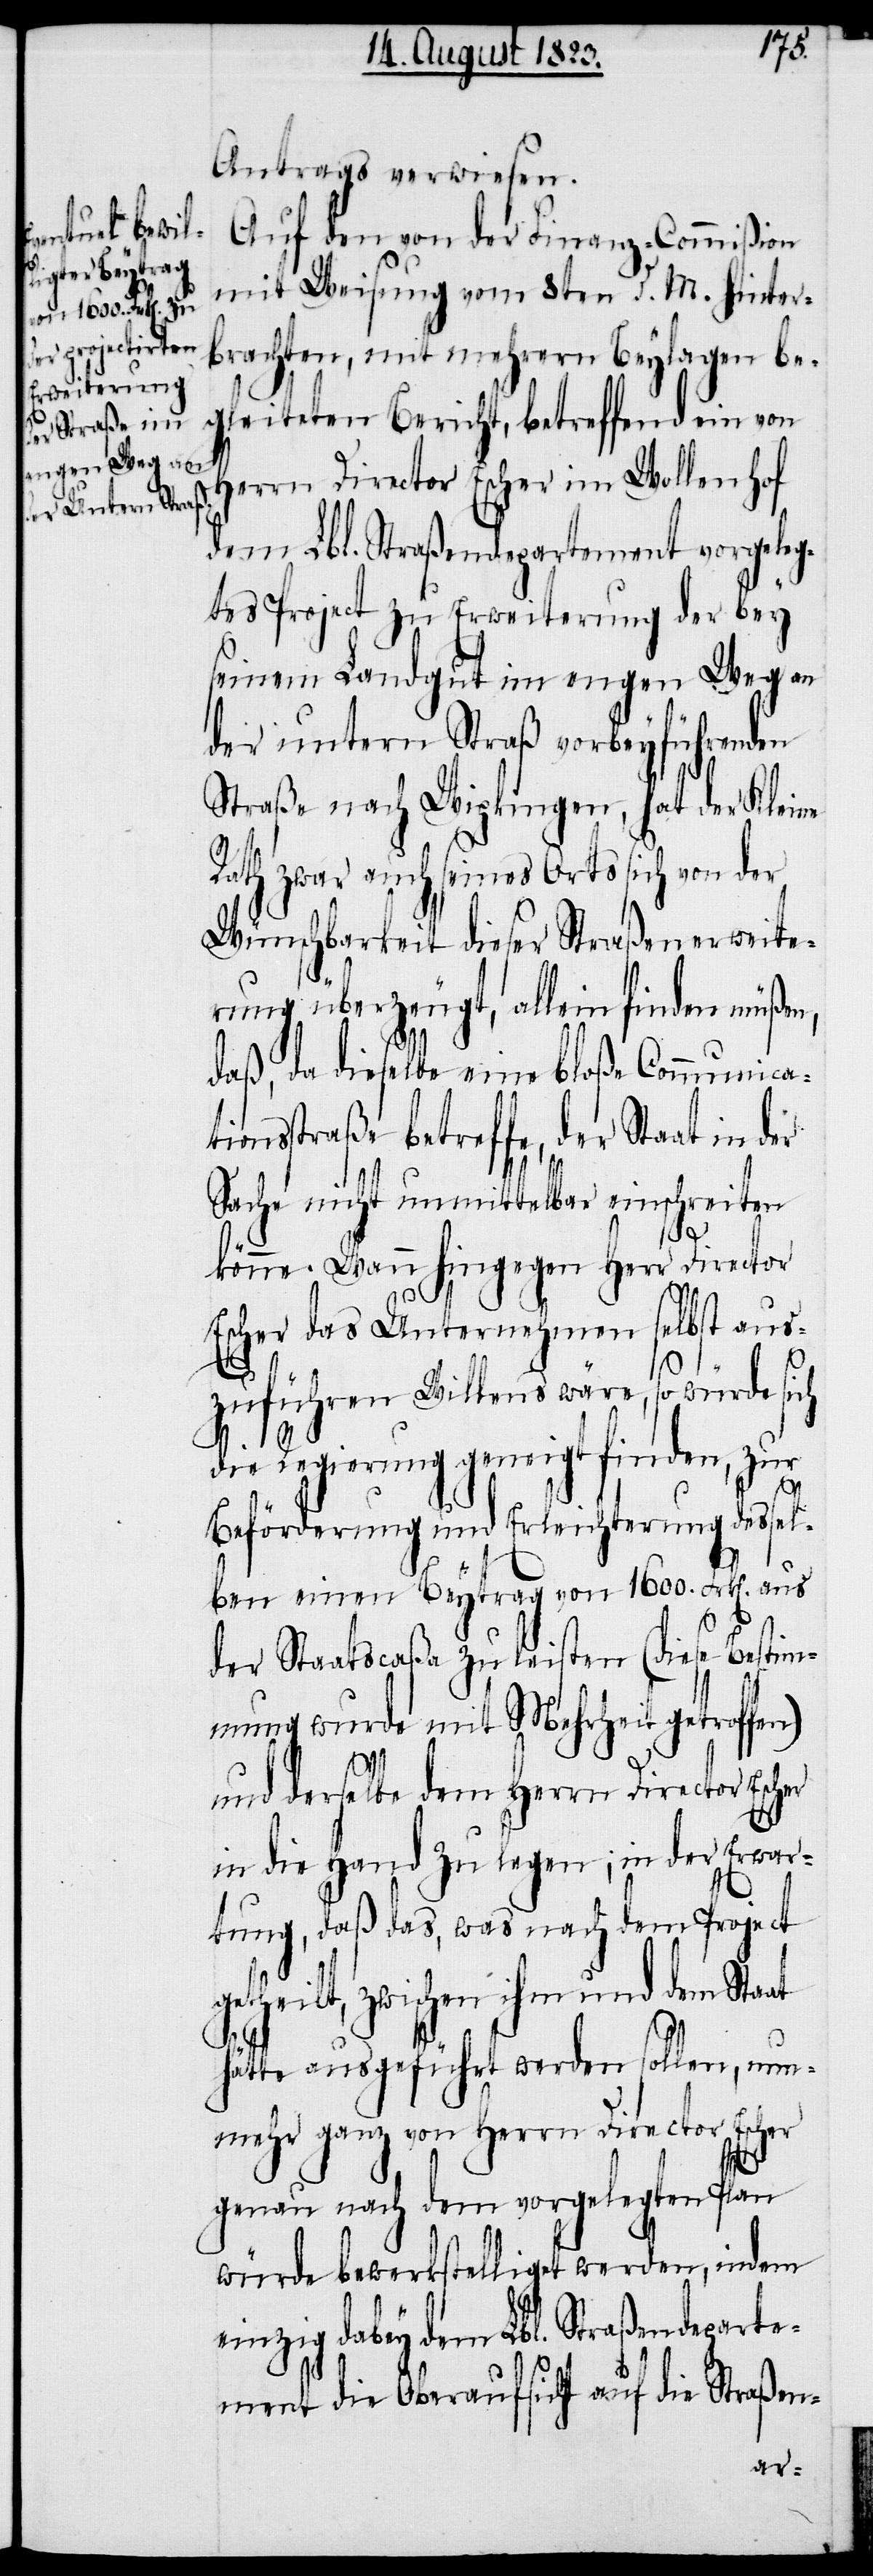
Antrags verwiesen.
Auf den von der Finanz-Commißion
mit Weisung vom 8ten d. M. hinter¬
brachten, mit mehrern Beylagen be¬
gleiteten Bericht, betreffend ein von
Herrn Director Escher im Wollenhof
dem Lbl. Straßendepartement vorgeleg¬
tes Project zu Erweiterung der bey
seinem Landgut im engen Weg an
der untern Straß vorbeyführenden
Straße nach Wipkingen, hat der Kleine
Rath zwar auch seines Orts sich von der
Wünschbarkeit dieser Straßenerweite¬
rung überzeugt, allein finden müßen,
daß, da dieselbe eine bloße Communicat¬
ionsstraße betreffe, der Staat in der
Sache nicht unmittelbar einschreiten
könne. Wann hingegen Herr Director
Escher das Unternehmen selbst aus¬
zuführen Willens wäre, so würde sich
die Regierung geneigt finden, zur
at
Beförderung und Erleichterung dessel¬
ben einen Beytrag von 1600. Frk[en]. aus
der Staatscaßa zu leisten (diese Bestim¬
mung wurde mit Mehrheit getroffen)
und derselbe dem Herrn Director
in die Hand zu legen; in der Erwar¬
tung, daß das, was nach dem Project
etheilt, zwischen ihm und dem Sta¬
hätte ausgeführt werden sollen, nun¬
mehr ganz von Herrn Director Escher
genau nach dem vorgelegten Plan
würde bewerkstelliget werden, indem
einzig dabey dem Lbl. Straßendeparte¬
ment die Oberaufsicht auf die Straßen-